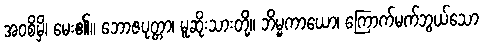
အဝစိမှိ၊ မေး၏။ ဘောဇပုတ္တာ၊ မူဆိုးသားတို့။ ဘိမ္မကာယော၊ ကြောက်မက်ဘွယ်သော